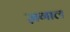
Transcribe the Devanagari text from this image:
ज़गाल